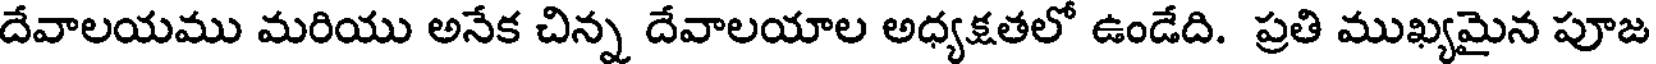
దేవాలయము మరియు అనేక చిన్న దేవాలయాల అధ్యక్షతలో ఉండేది. ప్రతి ముఖ్యమైన పూజ